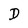
Character: D